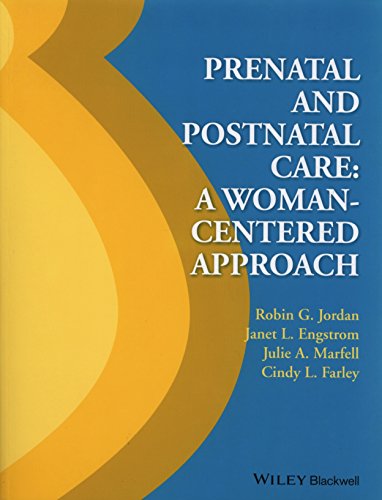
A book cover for Prenatal and Postnatal Care; Robin G. Jordan; Medical Books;